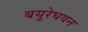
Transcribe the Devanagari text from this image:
बयूरेघवन